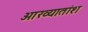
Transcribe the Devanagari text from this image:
आख्यातांश